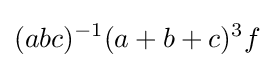
(abc)^{-1}(a+b+c)^{3}f